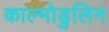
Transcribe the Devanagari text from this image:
काल्मोडुलिन